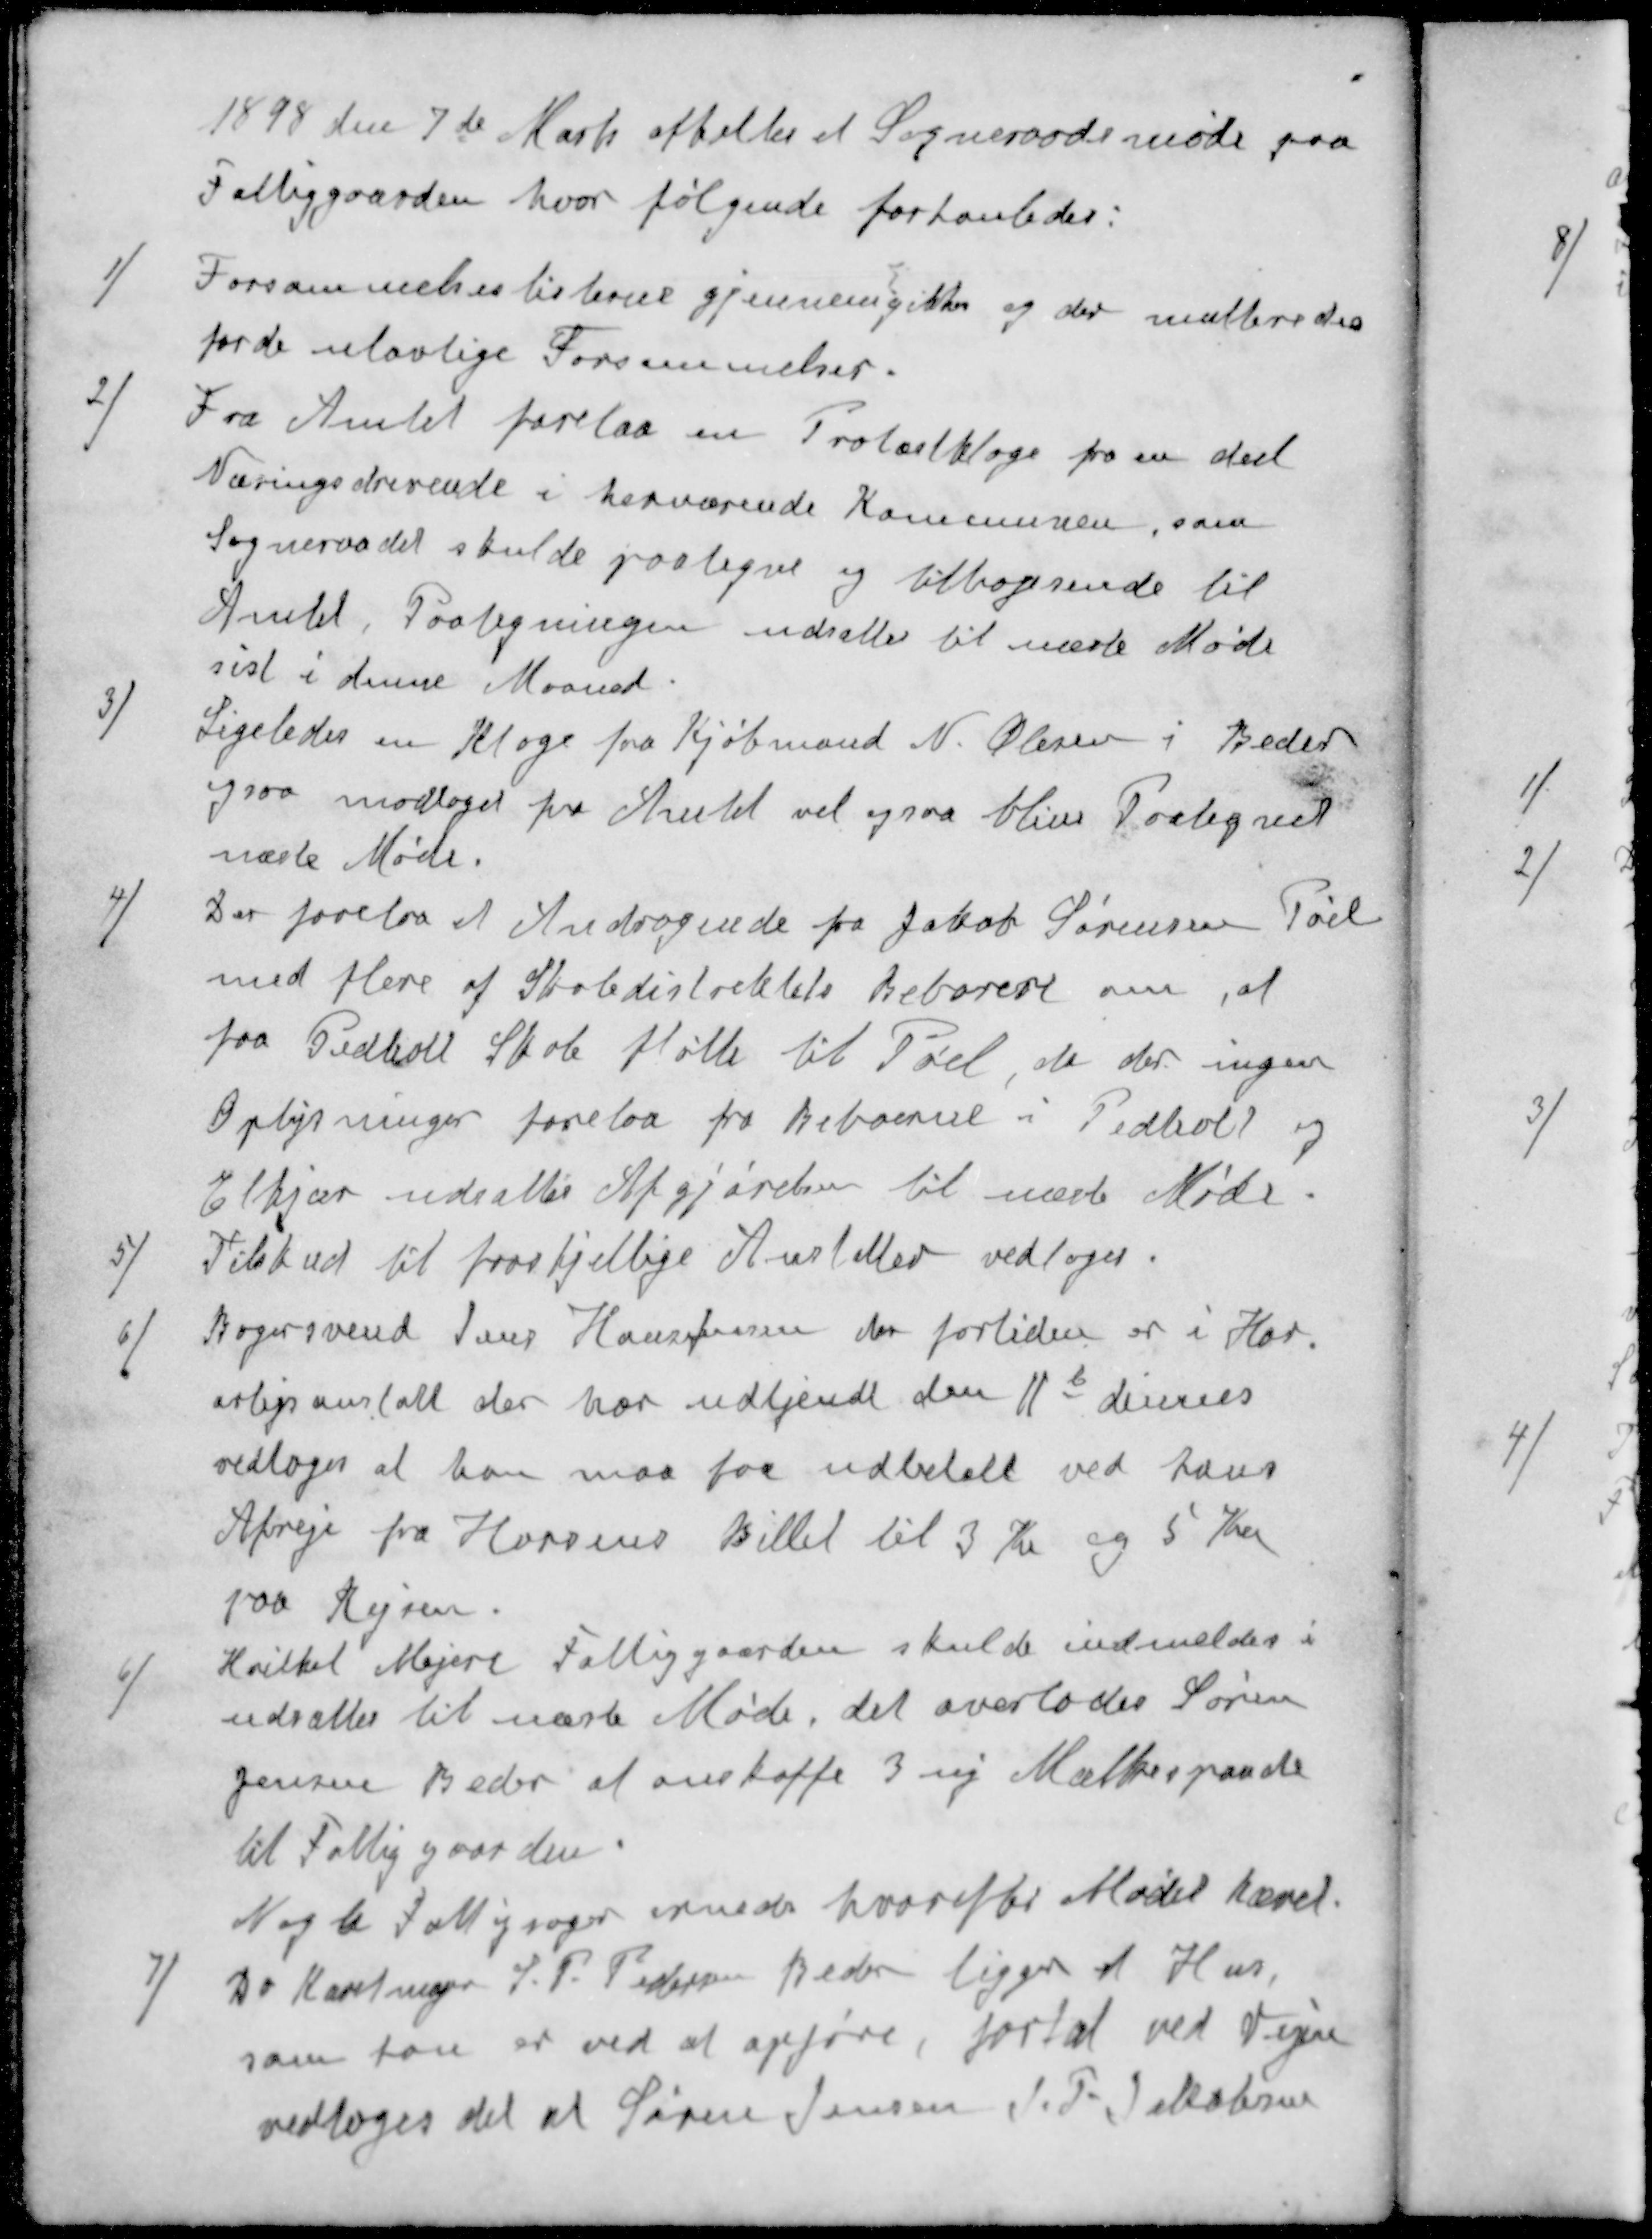
Transskription:
1898 den 7de Marts afholtes et Sogneraadsmøde paa
Fattiggaarden, hvor følgende forhanledes:
1 ) Forsømmelseslisterne gjennemgikkes og der multeredes
for de ulovlige Forsømmelser.
2 ) Fra Amtet forelaa en Protestklage fra en deel
Næringsdrivende i herværende Kommunen, som
Sogneraadet skulde paategne og tilbagesende til
Amtet, Paategningen udsattes til næste Møde
sist i denne Maaned.
3 ) Ligeledes en Klage fra Kjøbmand N. Olesen i Beder
ogsaa modtaget fra Amtet vil ogsaa bliver Paategnet
næste Møde.
4 ) Der forelaa et Andragende fra Jakob Sørensen Pøel
med flere af Skoledistriktets Beboere om, at
faa Pedholt Skole fløtte til Pøel, da der ingen
Oplysninger forelaa fra Beboerne i Pedholt og
Elkjær udsattes Afgjørelsen til næste Møde.
5 ) Tilskud til forskjellige Anstalter vedtoges.
6 ) Bagersvend Jens Hans Jensen der fortiden er i Hor.
arbejsanstalt der har udtjendt den 11te dennes
vedtoges at han maa faa udbetalt ved hans
Afreje fra Horsens Billet til 3 Kr og 5 Kr
paa Rejsen.
6 ) Hvilket Mejeri Fattiggaarden skulde indmeldes i
udsættes til næste Møde, det overlodes Søren
Jensen Beder at anskaffe 3 ny Mælkespaade
til Fattiggaarden
Nogle Fattigsager ornedes hvorefter Mødet hævet.
7 ) Da Karetmager J. P. Pedersen Beder ligger et Hus,
som han er ved at opføre, for tæt ved Vejen
vedtoges det at Søren Jensen J. P. Jakobsen